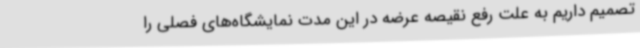
تصمیم داریم به علت رفع نقیصه عرضه در این مدت نمایشگاه‌های فصلی را